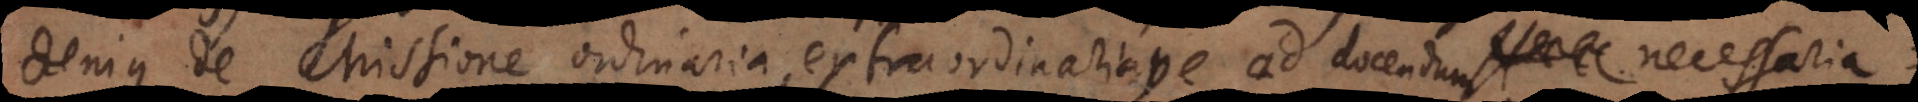
denique de Missione ordinaria, extraordinariave. Haec enim omnia